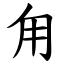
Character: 甪